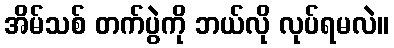
အိမ်သစ် တက်ပွဲကို ဘယ်လို လုပ်ရမလဲ။